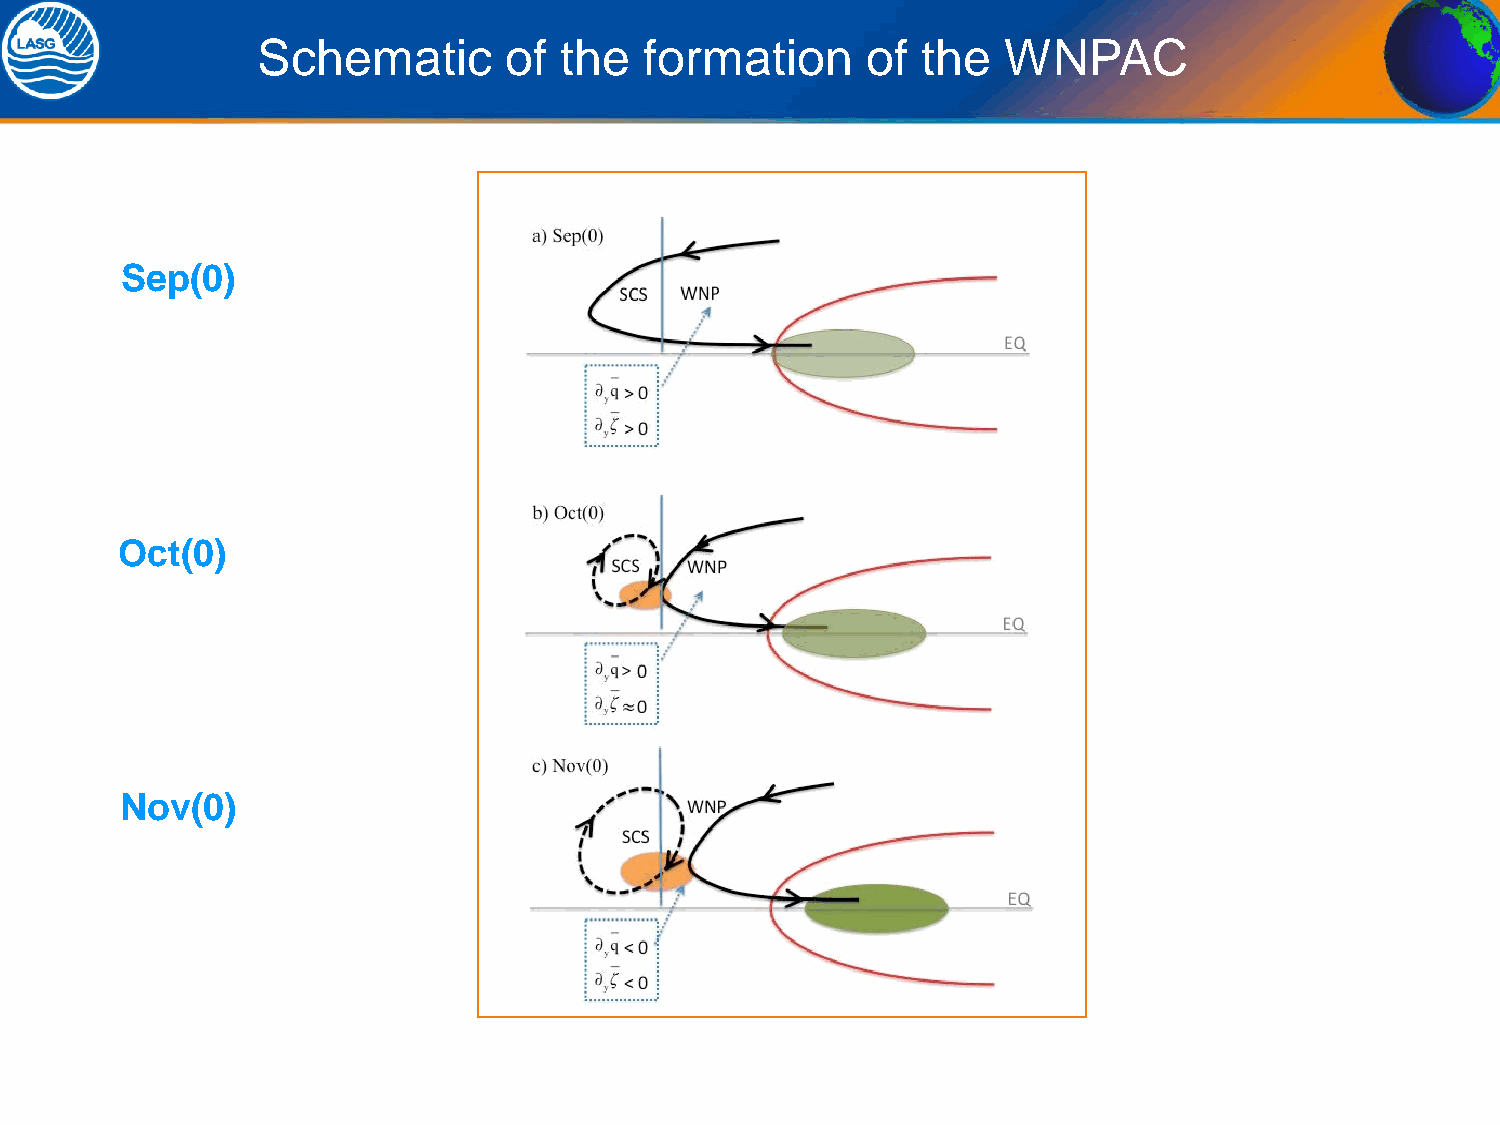
Schematic       of  the   formation     of  the   WNPAC
 Sep(0)
 Oct(0)
 Nov(0)